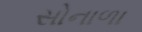
સોનાળા